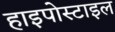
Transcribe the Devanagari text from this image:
हाइपोस्टाइल